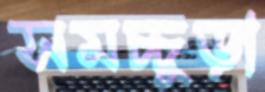
সমচ্চুড়া